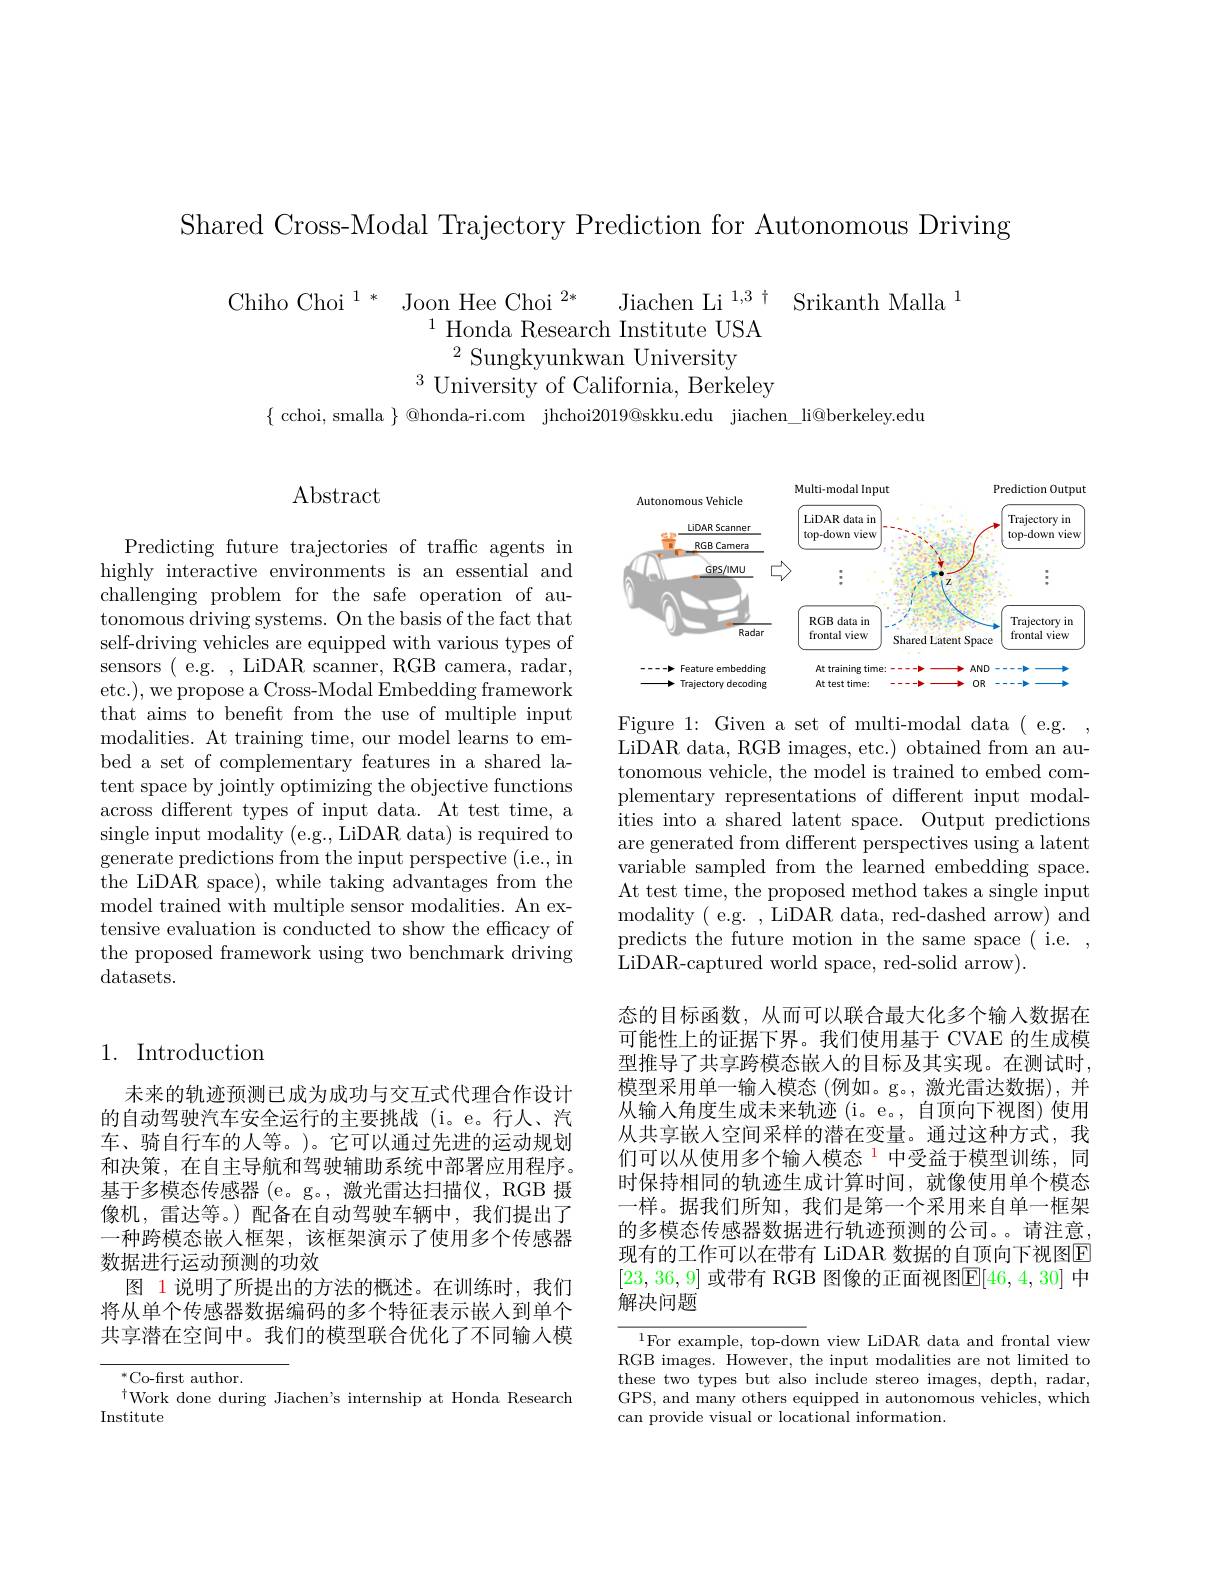
Shared Cross-Modal Trajectory Prediction for Autonomous Driving

$\begin{array}{ccc}\text{Chiho Choi}^{1*}&\text{Joon Hee Choi}^{2*}&\text{Jiachen Li}^{1,3}\uparrow&\text{Srikanth Malla}\\&&\text{I Honda Research Institute USA}\end{array}$
$^{3}{\mathrm{~University~of~California,~Berkeley}}$
$\{$ cchoi, smalla $\}@$honda-ri.com jhchoi$2019@$skku.edu jiachen\_li@berkeley.edu

Abstract

Predicting future trajectories of traffic agents in highly interactive environments is an essential and challenging problem for the safe operation of autonomous driving systems. On the basis of the fact that self-driving vehicles are equipped with various types of sensors( e.g. , LiDAR scanner, RGB camera, radar, etc.), we propose a Cross-Modal Embedding framework that aims to benefit from the use of multiple input modalities. At training time, our model learns to embed a set of complementary features in a shared latent space by jointly optimizing the objective functions across different types of input data. At test time, a single input modality (e.g., LiDAR data) is required to generate predictions from the input perspective (i.e., in the LiDAR space), while taking advantages from the model trained with multiple sensor modalities. An extensive evaluation is conducted to show the efficacy of the proposed framework using two benchmark driving datasets.

## 1. Introduction

未来的轨迹预测已成为成功与交互式代理合作设计的自动驾驶汽车安全运行的主要挑战 (i。e。行人、汽车、骑自行车的人等。)。它可以通过先进的运动规划和决策，在自主导航和驾驶辅助系统中部署应用程序。基于多模态传感器 (e。g。, 激光雷达扫描仪，RGB 摄像机，雷达等。) 配备在自动驾驶车辆中，我们提出了一种跨模态嵌人框架，该框架演示了使用多个传感器数据进行运动预测的功效
图 1说明了所提出的方法的概述。在训练时，我们将从单个传感器数据编码的多个特征表示嵌人到单个共享潜在空间中。我们的模型联合优化了不同输入模

$^{*}$Co-first author.
$^{\dagger}$Work done during Jiachen's internship at Honda Research
Institute

<FigureHere>

Figure 1: Given a set of multi-modal data ( e.g. , LiDAR data, RGB images, etc.) obtained from an autonomous vehicle, the model is trained to embed complementary representations of different input modalities into a shared latent space. Output predictions are generated from different perspectives using a latent variable sampled from the learned embedding space. At test time, the proposed method takes a single input modality( e.g. , LiDAR data, red-dashed arrow) and predicts the future motion in the same space( i.e. , LiDAR-captured world space, red-solid arrow).

态的目标函数，从而可以联合最大化多个输入数据在可能性上的证据下界。我们使用基于 CVAE 的生成模型推导了共享跨模态嵌人的目标及其实现。在测试时， 模型采用单一输入模态 (例如。g。,激光雷达数据),并从输入角度生成未来轨迹 (i。e。, 自顶向下视图) 使用从共享嵌人空间采样的潜在变量。通过这种方式，我们可以从使用多个输入模态$^{1}$中受益于模型训练，同时保持相同的轨迹生成计算时间，就像使用单个模态一样。据我们所知，我们是第一个采用来自单一框架的多模态传感器数据进行轨迹预测的公司。。请注意， 现有的工作可以在带有 LiDAR 数据的自顶向下视图E [23,36,9] 或带有 RGB 图像的正面视图$\mathbb{E}[46,4,30]$ 中解决问题

$^{1}$For example, top-down view LiDAR data and frontal view RGB images. However, the input modalities are not limited to these two types but also include stereo images, depth, radar, GPS, and many others equipped in autonomous vehicles, which can provide visual or locational information.